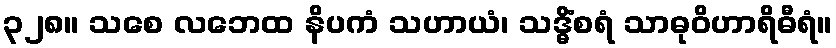
၃၂၈။ သစေ လဘေထ နိပကံ သဟာယံ၊ သဒ္ဓိံစရံ သာဓုဝိဟာရိဓီရံ။